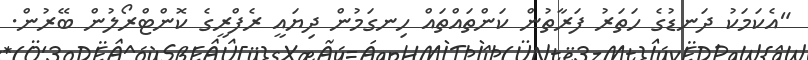
"އެކަމަކު ދަނޑުގެ ހަތަރު ފަރާތުން ކަންތައްތައް ހިނގަމުން ދިޔައީ ރެފްރީގެ ކޮންޓްރޯލުން ބޭރުން.